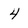
Character: 4